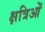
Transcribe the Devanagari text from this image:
क्षत्रिओं